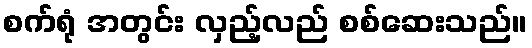
စက်ရုံ အတွင်း လှည့်လည် စစ်ဆေးသည်။